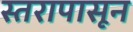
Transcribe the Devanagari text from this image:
स्तरापासून